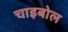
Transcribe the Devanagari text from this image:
चाइबोल